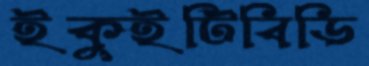
ইকুইটিবিডি